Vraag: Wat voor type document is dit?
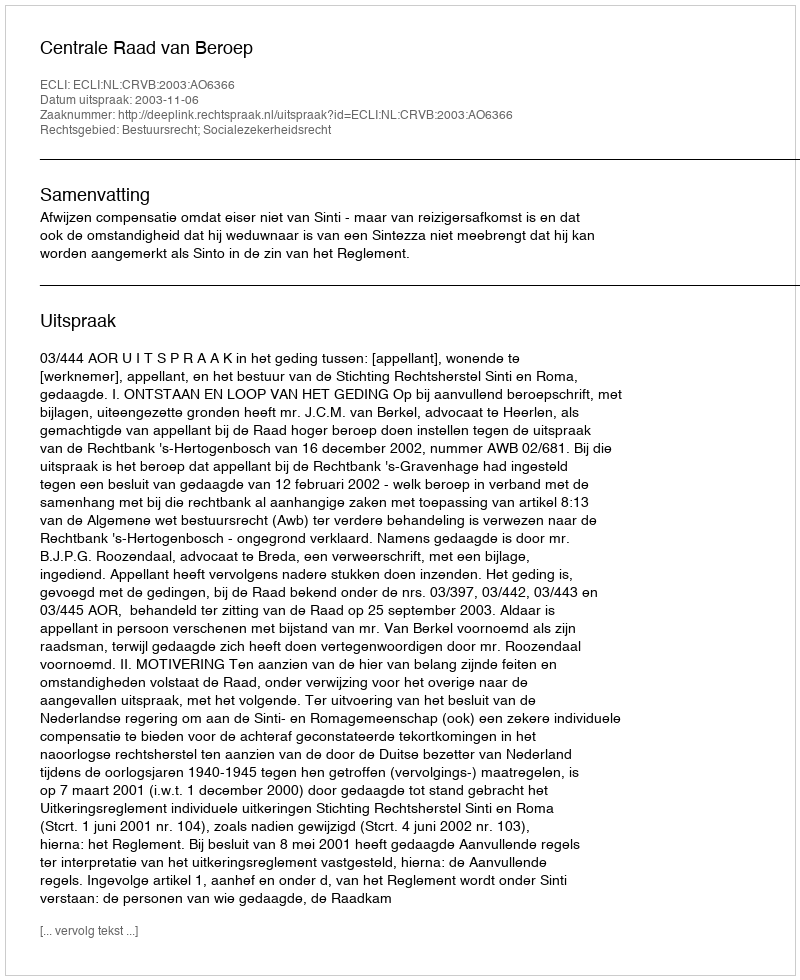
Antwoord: Uitspraak